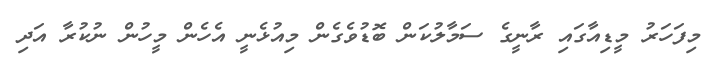
މިފަހަރު މީޑިއާގައި ރާނީގެ ސަމާލުކަން ބޮޑުވެގެން މިއުޅެނީ އެހެން މީހުން ނުކުރާ އަދި